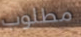
مطلوب